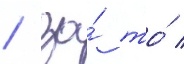
/ за́ то́ /